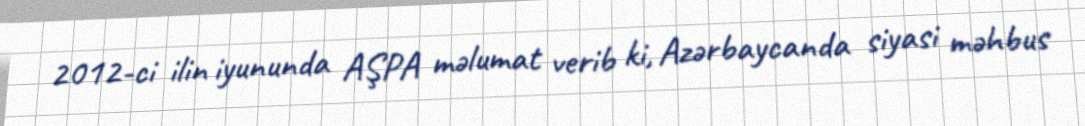
2012-ci ilin iyununda AŞPA məlumat verib ki, Azərbaycanda siyasi məhbus